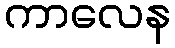
ကာလေန